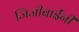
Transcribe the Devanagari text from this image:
जिजीबाईंनी